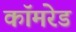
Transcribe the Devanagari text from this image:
काॅमरेड